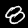
Label: 8